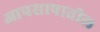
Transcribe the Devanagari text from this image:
आपसापातील